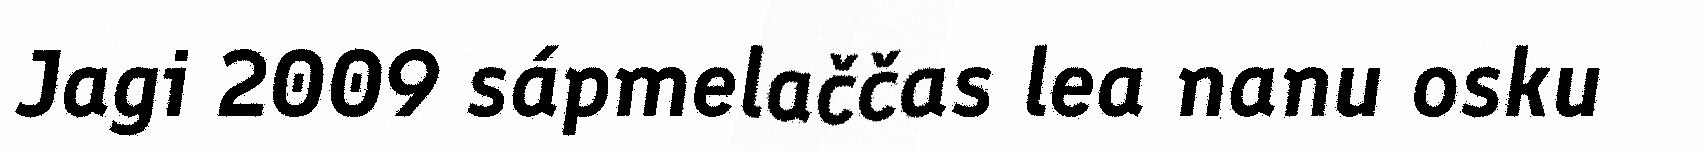
Jagi 2009 sápmelaččas lea nanu osku